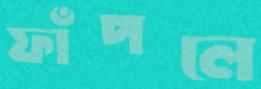
ফাঁপলে